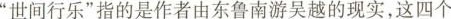
”世间行乐”指的是作者由东鲁南游吴越的现实，这四个